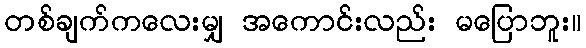
တစ်ချက်ကလေးမျှ အကောင်းလည်း မပြောဘူး။